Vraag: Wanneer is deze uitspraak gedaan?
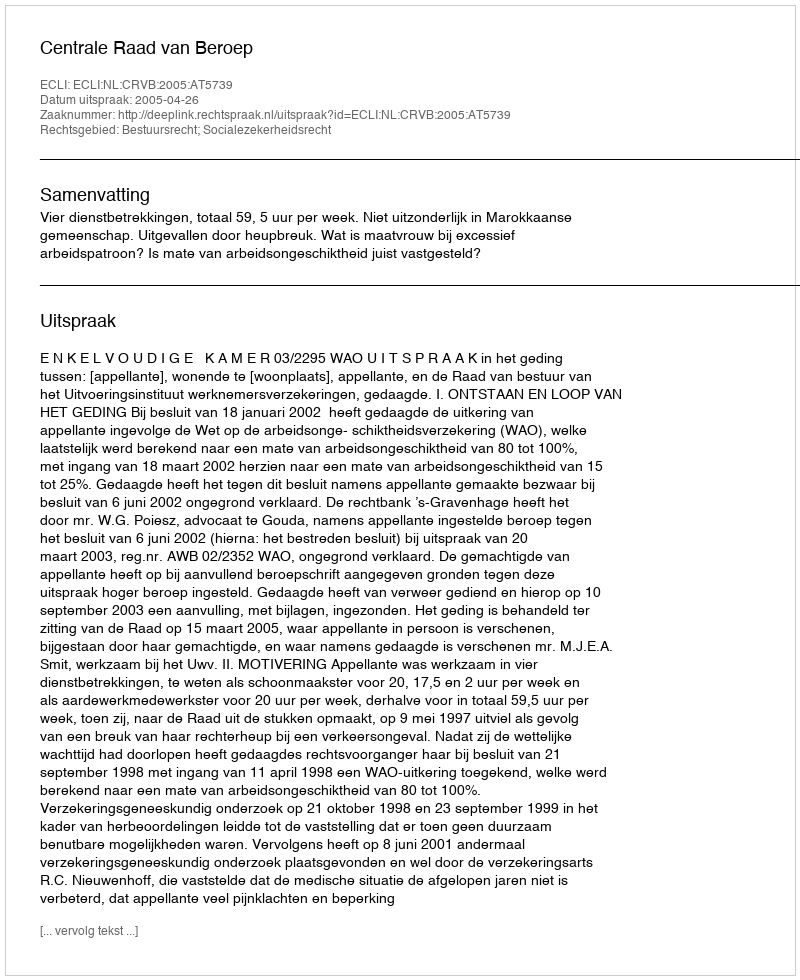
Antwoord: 2005-04-26